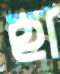
হা